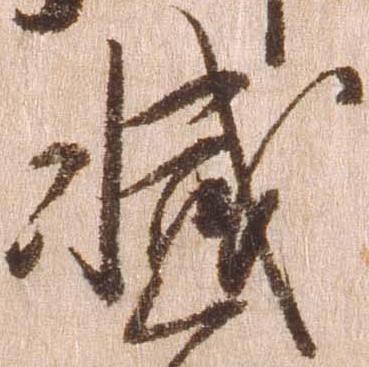
減